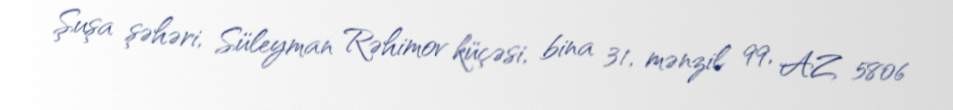
Şuşa şəhəri, Süleyman Rəhimov küçəsi, bina 31, mənzil 99, AZ 5806